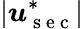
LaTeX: \left|\boldsymbol u_{\mathrm{~s~e~c~}}^{*}\right|